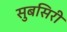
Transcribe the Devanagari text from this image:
सुबसिरी